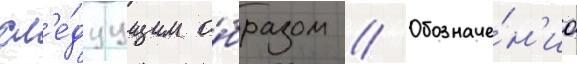
сл'е́дуущим о́бразом // Обозначе́н'иа